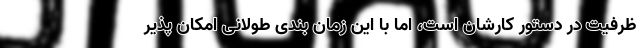
ظرفیت در دستور کارشان است، اما با این زمان بندی طولانی امکان پذیر